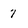
Character: 7